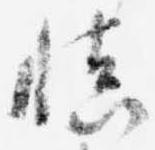
慎